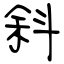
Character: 斜